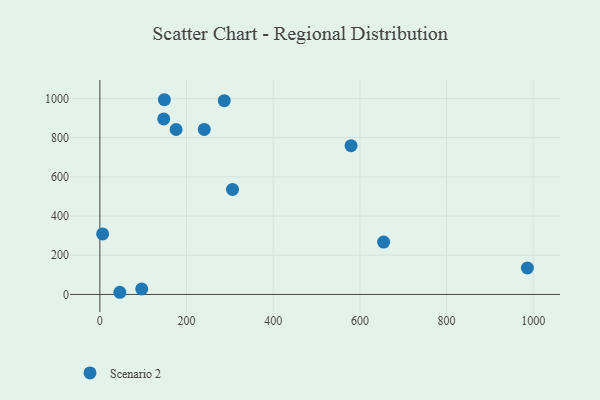
{"axis": {"x": "Investment", "y": "Rating"}, "legend": ["Scenario 2"], "data": [{"x": "6.4", "y": 309.0, "type": "Scenario 2"}, {"x": "148.9", "y": 993.5, "type": "Scenario 2"}, {"x": "654.8", "y": 267.3, "type": "Scenario 2"}, {"x": "240.9", "y": 842.0, "type": "Scenario 2"}, {"x": "579.6", "y": 759.3, "type": "Scenario 2"}, {"x": "287.1", "y": 988.4, "type": "Scenario 2"}, {"x": "986.5", "y": 134.9, "type": "Scenario 2"}, {"x": "175.9", "y": 841.5, "type": "Scenario 2"}, {"x": "147.4", "y": 895.6, "type": "Scenario 2"}, {"x": "306.1", "y": 535.9, "type": "Scenario 2"}, {"x": "96.6", "y": 28.2, "type": "Scenario 2"}, {"x": "46.1", "y": 11.1, "type": "Scenario 2"}]}